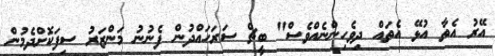
އޭރު އެތާ އުޅޭ އެތައް ދިވެހިންނެއްވެސް" ބީޗް ސަރަހައްދުން ފެނުނު މަންޒަރު ސިފަކޮށްދެމުން